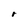
Character: r